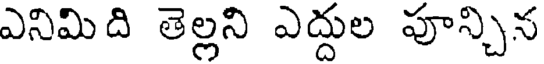
ఎనిమిది తెల్లని ఎద్దుల పూన్చిన